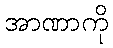
အာဏာကို